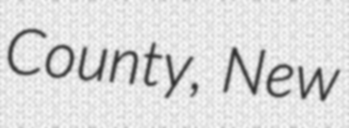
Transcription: County, New